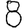
Digit: 8